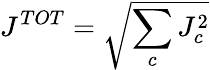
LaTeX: J^{TOT}=\sqrt{\sum_{c}J_{c}^{2}}